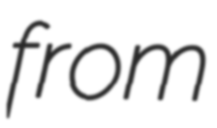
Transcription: from